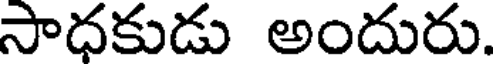
సాధకుడు అందురు.